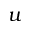
u